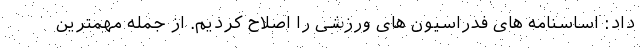
داد: اساسنامه های فدراسیون های ورزشی را اصلاح کردیم. از جمله مهمترین